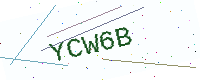
Text: YCW6B